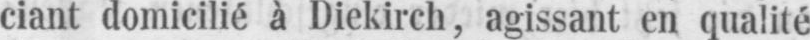
ciant domicilié à Diekirch, agissant en qualité